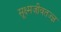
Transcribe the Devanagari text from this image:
सूक्ष्मजीवतज्ज्ञ